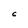
Character: 6